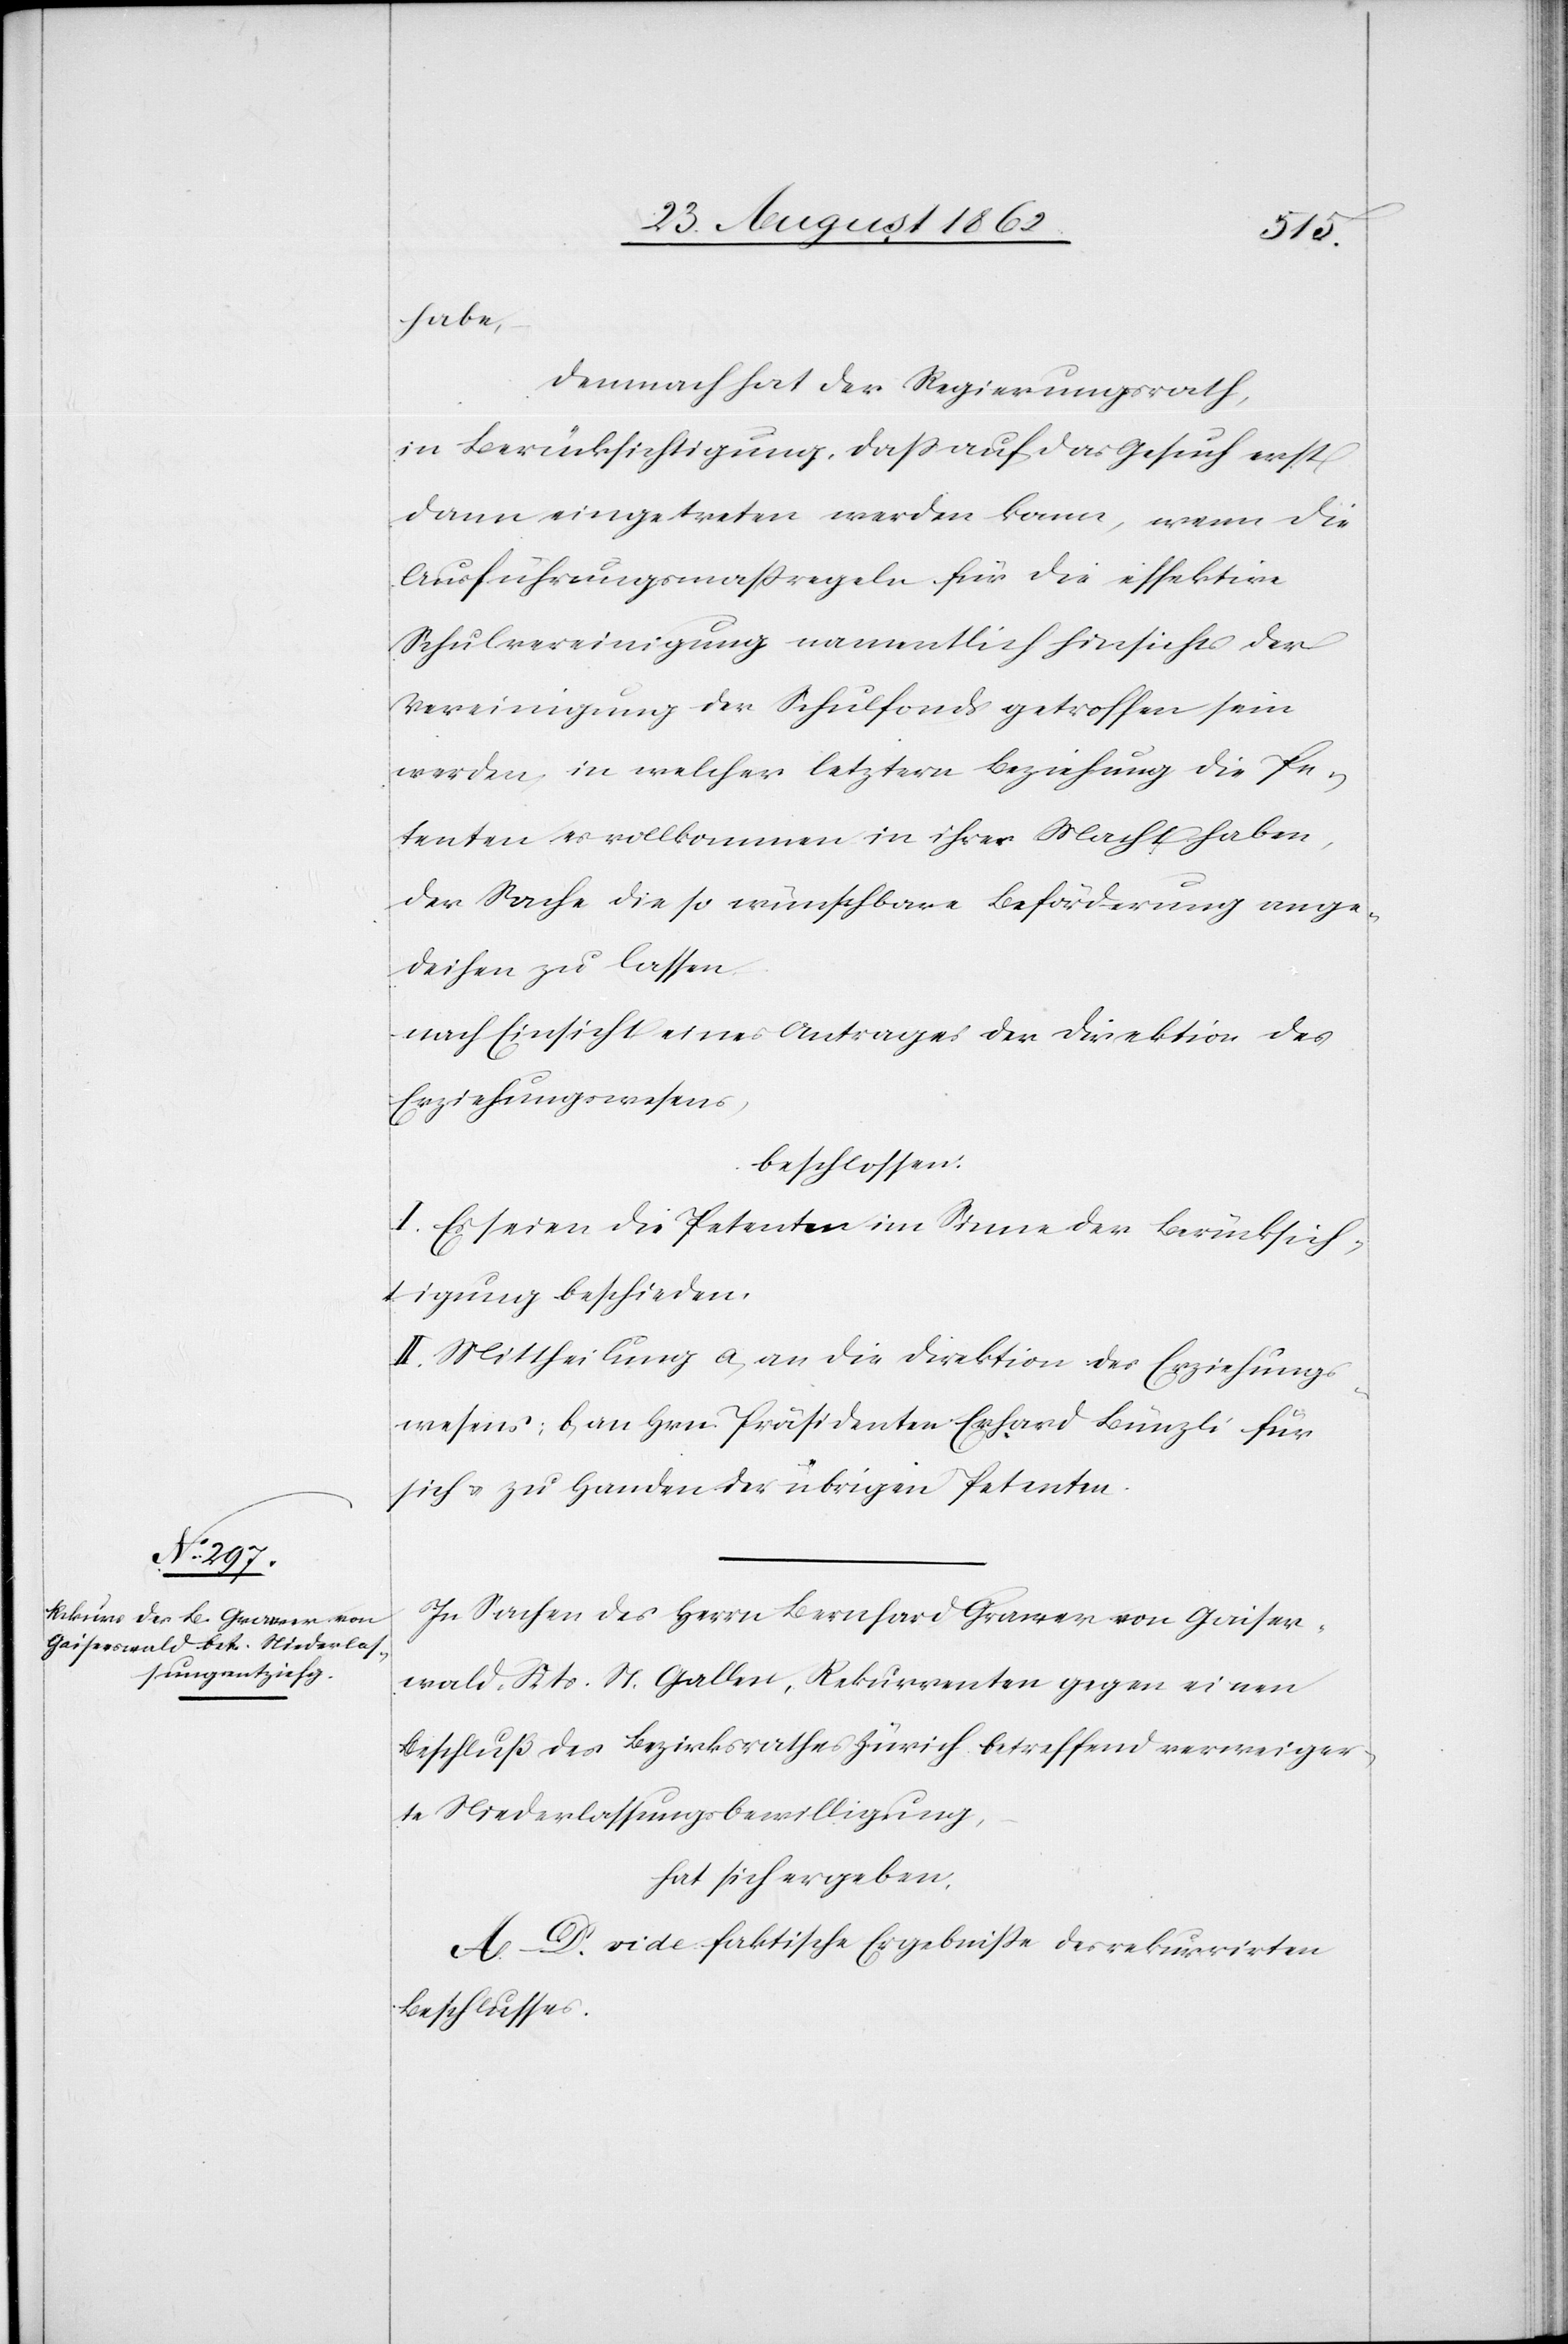
habe;
Demnach hat der Regierungsrath,
in Berücksichtigung, daß auf das Gesuch erst
dann eingetreten werden kann, wenn die
Ausführungsmaßregen für die effektive
Schulvereinigung namentlich hinsichts der
Vereinigung der Schulfondes getroffen sein
werden, in welcher letztern Beziehung die Pe¬
tenten es vollkommen in ihrer Macht haben,
der Sache die so wünschbare Beförderung ange¬
deihen zu lassen
nach Einsicht eines Antrages der Direktion des
Erziehungswesens,
beschlossen:
I. Es seien die Petenten im Sinne der Berücksich¬
tigung beschieden.
II. Mittheilung a. an die Direktion des Erziehungs¬
wesens; b. an Hrn. Präsidenten Erhard Bünzli für
sich u. zu Handen der übrigen Petenten.
In Sachen des Herrn Bernhard Grawer von Gaiser¬
wald, Kts. St. Gallen, Rekurrenten gegen einen
Beschluß des Bezirksrathes Zürich betreffend verweiger¬
te Niederlassungsbewilligung,
hat sich ergeben:
A–D. vide faktische Ergebnisse des rekurrirten
Beschlusses.